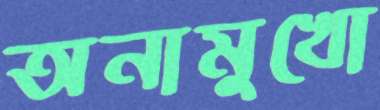
অনামুখো